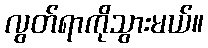
လွတ်ရာကိုသွားမယ်။